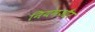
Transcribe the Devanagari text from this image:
नियमऔर